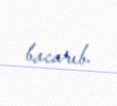
bacarıb.